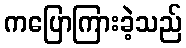
ကပြောကြားခဲ့သည်